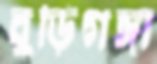
বুড়িগঙ্গা